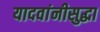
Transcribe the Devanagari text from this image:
यादवांनीसुद्धा